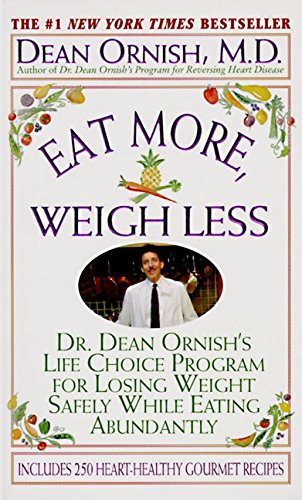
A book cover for Eat More, Weigh Less: Dr. Dean Ornish's Program for Losing Weight Safely While Eating Abundantly; Dean Ornish; Health, Fitness & Dieting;